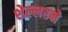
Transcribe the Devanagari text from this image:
शेल्लरने